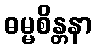
ဓမ္မစိန္တနာ